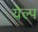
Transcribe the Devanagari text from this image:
येल्प